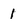
Character: 1